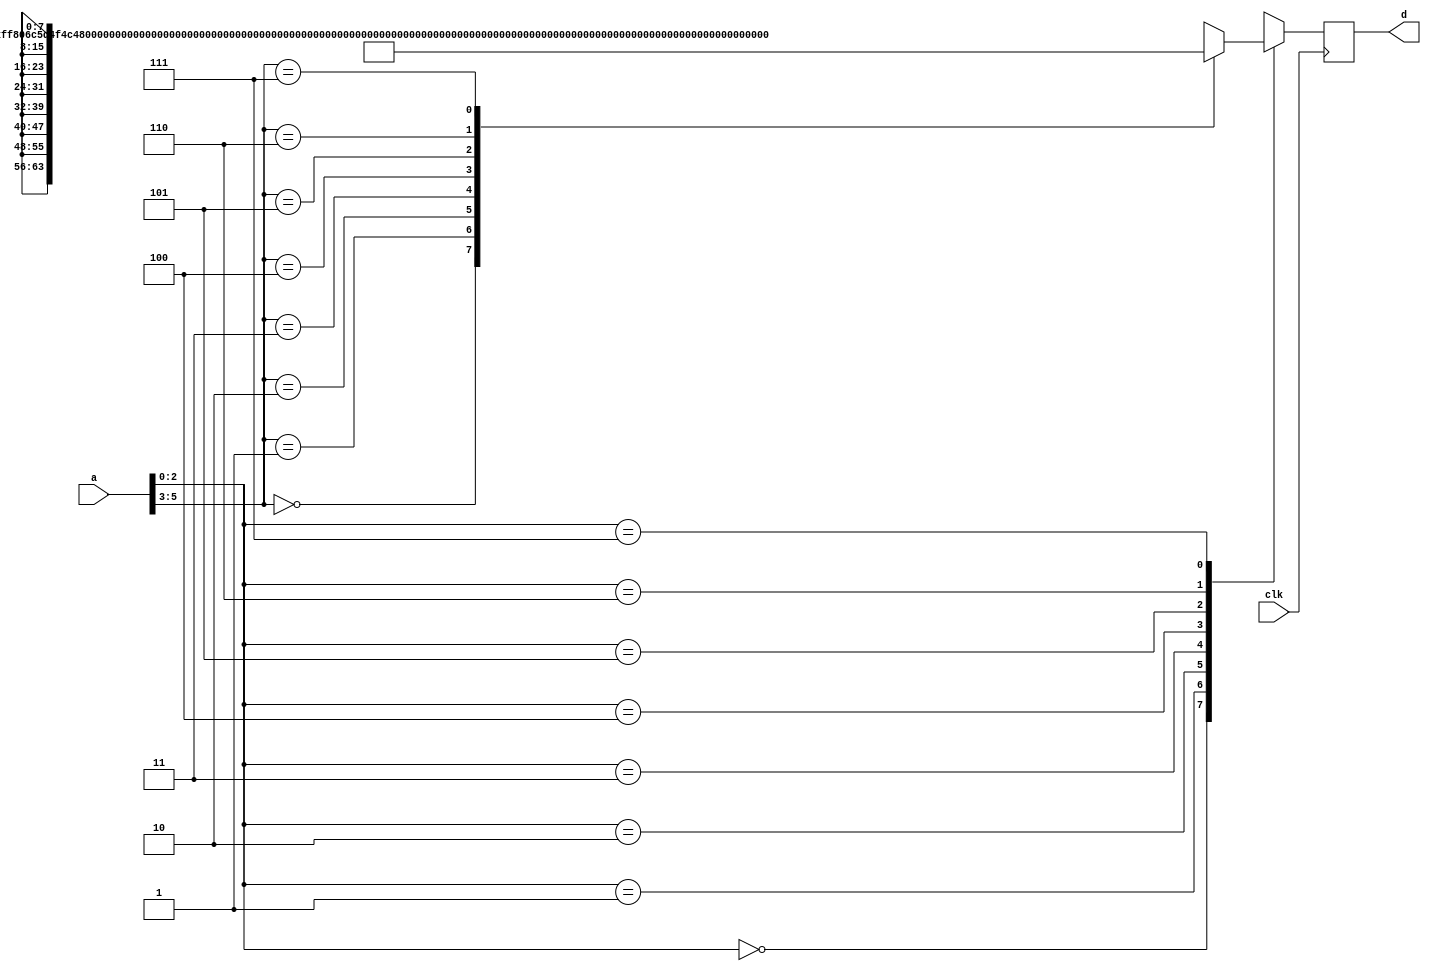
/* ROMQ Design. 
 This code can be put in a file named ?romq.v?. 
This ROM stores the inverse of quantization values (8 bits, unsigned). 
Although organized as 8  64 bits, it is byte-addressed (64  8 bits) while 
reading. 
*/ 

module romq (clk, a, d); 
 input           clk ; // Declare I/Os. 
 input   [5:0]   a ; //a is the 6 bit input address bus 
 output  [7:0]   d ; //d is the 8 bit output data bus
 reg     [7:0]   d ; // Declare as the register so it can be changed quickly. 
 wire    [7:0]   d_next ; // Declare as the wire to send data out 
 
 reg     [63:0]  mem        [7:0] ; // ROM organized as 8x64 
 reg     [7:0]   byte_data  [7:0] ; // bits, but read byte-by-byte.
  
 wire    [63:0]  mem_data ; // Declare ?assign? outputs as wire. 
 wire    [63:0]  loc0 ; 
 wire    [63:0]  loc1 ; 
 wire    [63:0]  loc2 ; 
 wire    [63:0]  loc3 ; 
 wire    [63:0]  loc4 ; 
 wire    [63:0]  loc5 ; 
 wire    [63:0]  loc6 ; 
 wire    [63:0]  loc7 ; 
 //Actual data for the memory to save
 assign loc0 = 64'hFF806C5D4F4C473C ; 
 assign loc1 = 64'h80805D554C473C37 ; 
 assign loc2 = 64'h6C5D4F4C473C3C36 ; 
 assign loc3 = 64'h5D5D4F4C473C3733 ; 
 assign loc4 = 64'h5D4F4C47403B332B ; 
 assign loc5 = 64'h4F4C47403B332B23 ; 
 assign loc6 = 64'h4F4C473C362D251E ; 
 assign loc7 = 64'h4C473B362D251E19 ; 
//End initialization 
 
always @ (loc0 or loc1 or loc2 or loc3 or loc4 or loc5 or loc6 or loc7) 
begin 
 // Bytes from each row is accessed in a raster scan order (MSB first, etc). 
 // Raster scan works from bottom right to top left.
 mem [0] = loc0 ; 
 mem [1] = loc1 ; 
 mem [2] = loc2 ; 
 mem [3] = loc3 ; 
 mem [4] = loc4 ; 
 mem [5] = loc5 ; 
 mem [6] = loc6 ; 
 mem [7] = loc7 ; 
end 

//If mem_data has data to transfer, run this block
//Choose byte_data based on the LSB 3 bit bus of 'a'. 
always @ (mem_data) 
begin 
 byte_data [0] = mem_data [63:56] ; // Swap MSB and LSB because of raster scan format
 byte_data [1] = mem_data [55:48] ; 
 byte_data [2] = mem_data [47:40] ; 
 byte_data [3] = mem_data [39:32] ; 
 byte_data [4] = mem_data [31:24] ; 
 byte_data [5] = mem_data [23:16] ; 
 byte_data [6] = mem_data [15:8] ; 
 byte_data [7] = mem_data [7:0] ;  
end 

//To be performed when an address is called
assign mem_data = mem       [a[5:3]] ; // Get 64 bits data. 
assign d_next   = byte_data [a[2:0]] ; // Get byte data. 

always @ (posedge clk) 
  d <= d_next ; // Register byte data. 
endmodule